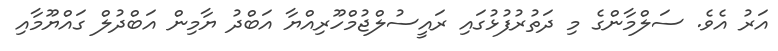
އަރު އެވެ. ސަލްމާންގެ މި ދަތުރުފުޅުގައި ރައީސުލްޖުމްހޫރިއްޔާ އަބްދު ޔާމިން އަބްދުލް ގައްޔޫމާއި